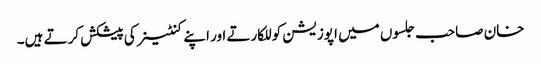
خان صاحب جلسوں میں اپوزیشن کو للکارتے اور اپنے کنٹینر کی پیشکش کرتے ہیں۔